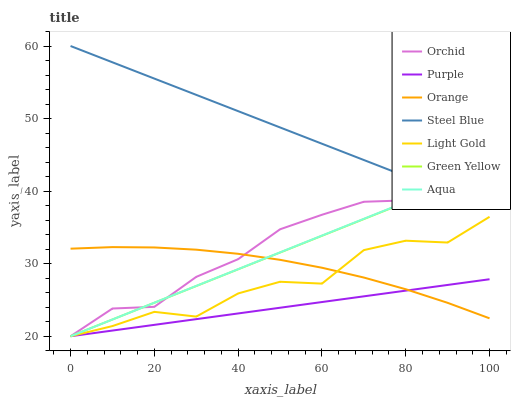
| xaxis_label | Orchid | Purple | Orange | Steel Blue | Light Gold | Green Yellow | Aqua |
 | --- | --- | --- | --- | --- | --- | --- | --- |
 | 0 | 20 | 20 | 32.1 | 60 | 20 | 20 | 20 |
 | 10 | 23.8 | 20.8 | 32.3 | 57.8 | 21.4 | 22.3 | 22.3 |
 | 20 | 24.1 | 21.6 | 32.2 | 55.5 | 23.4 | 24.6 | 24.6 |
 | 30 | 28.2 | 22.4 | 31.9 | 53.3 | 22.7 | 26.9 | 26.9 |
 | 40 | 30.6 | 23.1 | 31.4 | 51 | 25.9 | 29.2 | 29.2 |
 | 50 | 34.7 | 23.9 | 30.5 | 48.8 | 27.5 | 31.5 | 31.6 |
 | 60 | 36.7 | 24.7 | 29.4 | 46.5 | 27.3 | 33.8 | 33.9 |
 | 70 | 38.5 | 25.5 | 28.1 | 44.3 | 31.9 | 36.2 | 36.2 |
 | 80 | 38.7 | 26.3 | 26.5 | 42 | 33.2 | 38.5 | 38.5 |
 | 90 | 44.8 | 27.1 | 24.6 | 39.8 | 32.9 | 40.8 | 40.8 |
 | 100 | 44.6 | 27.9 | 22.5 | 37.6 | 36.5 | 43.1 | 43.1 |